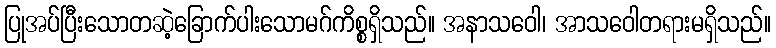
ပြုအပ်ပြီးသောတဆဲ့ခြောက်ပါးသောမဂ်ကိစ္စရှိသည်။ အနာသဝေါ၊ အာသဝေါတရားမရှိသည်။